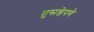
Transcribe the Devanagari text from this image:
तुसडेपणे